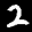
Label: 2